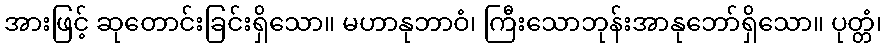
အားဖြင့် ဆုတောင်းခြင်းရှိသော။ မဟာနုဘာဝံ၊ ကြီးသောဘုန်းအာနုဘော်ရှိသော။ ပုတ္တံ၊